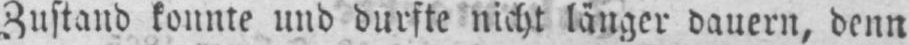
Zustand konnte und durfte nicht länger dauern, denn